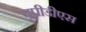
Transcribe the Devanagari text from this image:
यूपीडीएस